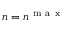
n = n ^ { \mathrm { ~ m ~ a ~ x ~ } }